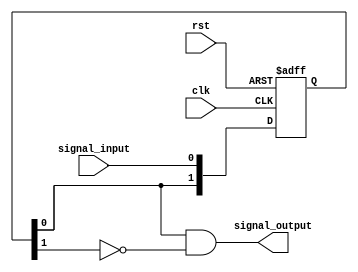
module rising_edge_detector
	(
		input rst,
		input clk,
		input signal_input,
		output signal_output
	);
	
	reg [1 : 0] ff_reg, ff_next;
	
	always @(negedge rst, posedge clk) begin
		if (!rst)
			ff_reg <= 2'b00;
		else
			ff_reg <= ff_next;
	end
	
	always @(*) begin
		ff_next = { ff_reg[0], signal_input };
	end
	
	assign signal_output = ff_reg[0] & ~ff_reg[1];

endmodule